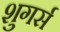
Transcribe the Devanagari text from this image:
शुगर्स